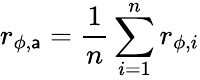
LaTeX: {r_{\phi,\mathsf{a}}}=\frac{{1}}{{n}}\sum_{i=1}^{n}{{r_{\phi,i}}}